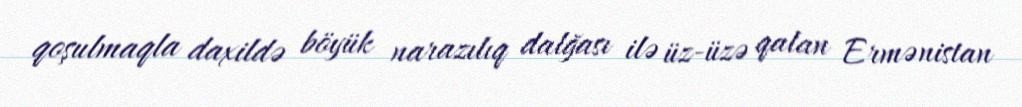
qoşulmaqla daxildə böyük narazılıq dalğası ilə üz-üzə qalan Ermənistan